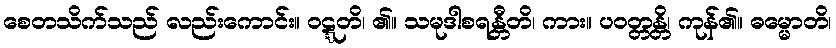
စေတသိက်သည် လည်းကောင်း။ ဝဋ္ဋတိ၊ ၏။ သမုဒါစရန္တီတိ၊ ကား။ ပဝတ္တန္တိ၊ ကုန်၏။ ဓမ္မောတိ၊